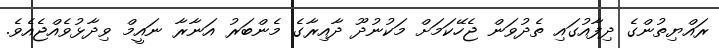
ރައްޔިތުންގެ ދިފާއުގައި ތެދުވަން ޖެހޭކަމަށް މަކުނުދޫ ދާއިރާގެ މެންބަރު އަނާރާ ނައީމް ވިދާޅުވެއްޖެއެވެ.